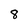
Character: 8